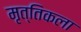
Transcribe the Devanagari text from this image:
मृत्तिकला